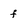
Character: f